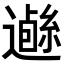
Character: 𨗰